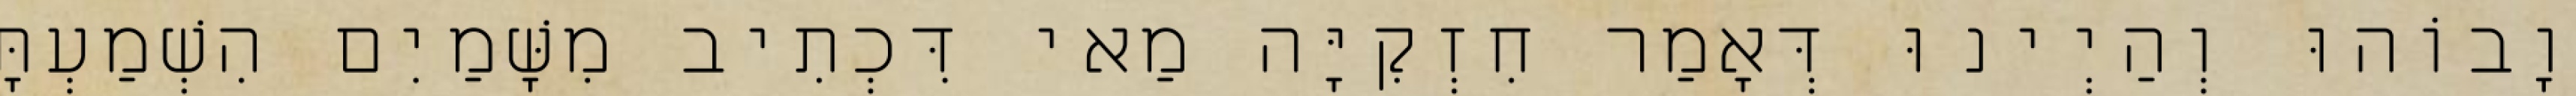
וָבוֹהוּ וְהַיְינוּ דְּאָמַר חִזְקִיָּה מַאי דִּכְתִיב מִשָּׁמַיִם הִשְׁמַעְתָּ